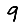
Digit: 9